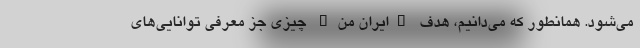
می‌شود. همانطور که می‌دانیم، هدف "ایران من" چیزی جز معرفی توانایی‌های